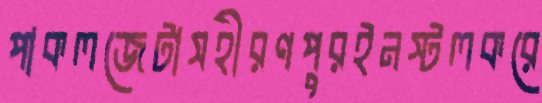
পাকলজেটাসহীরণপুরইনস্টলকরে